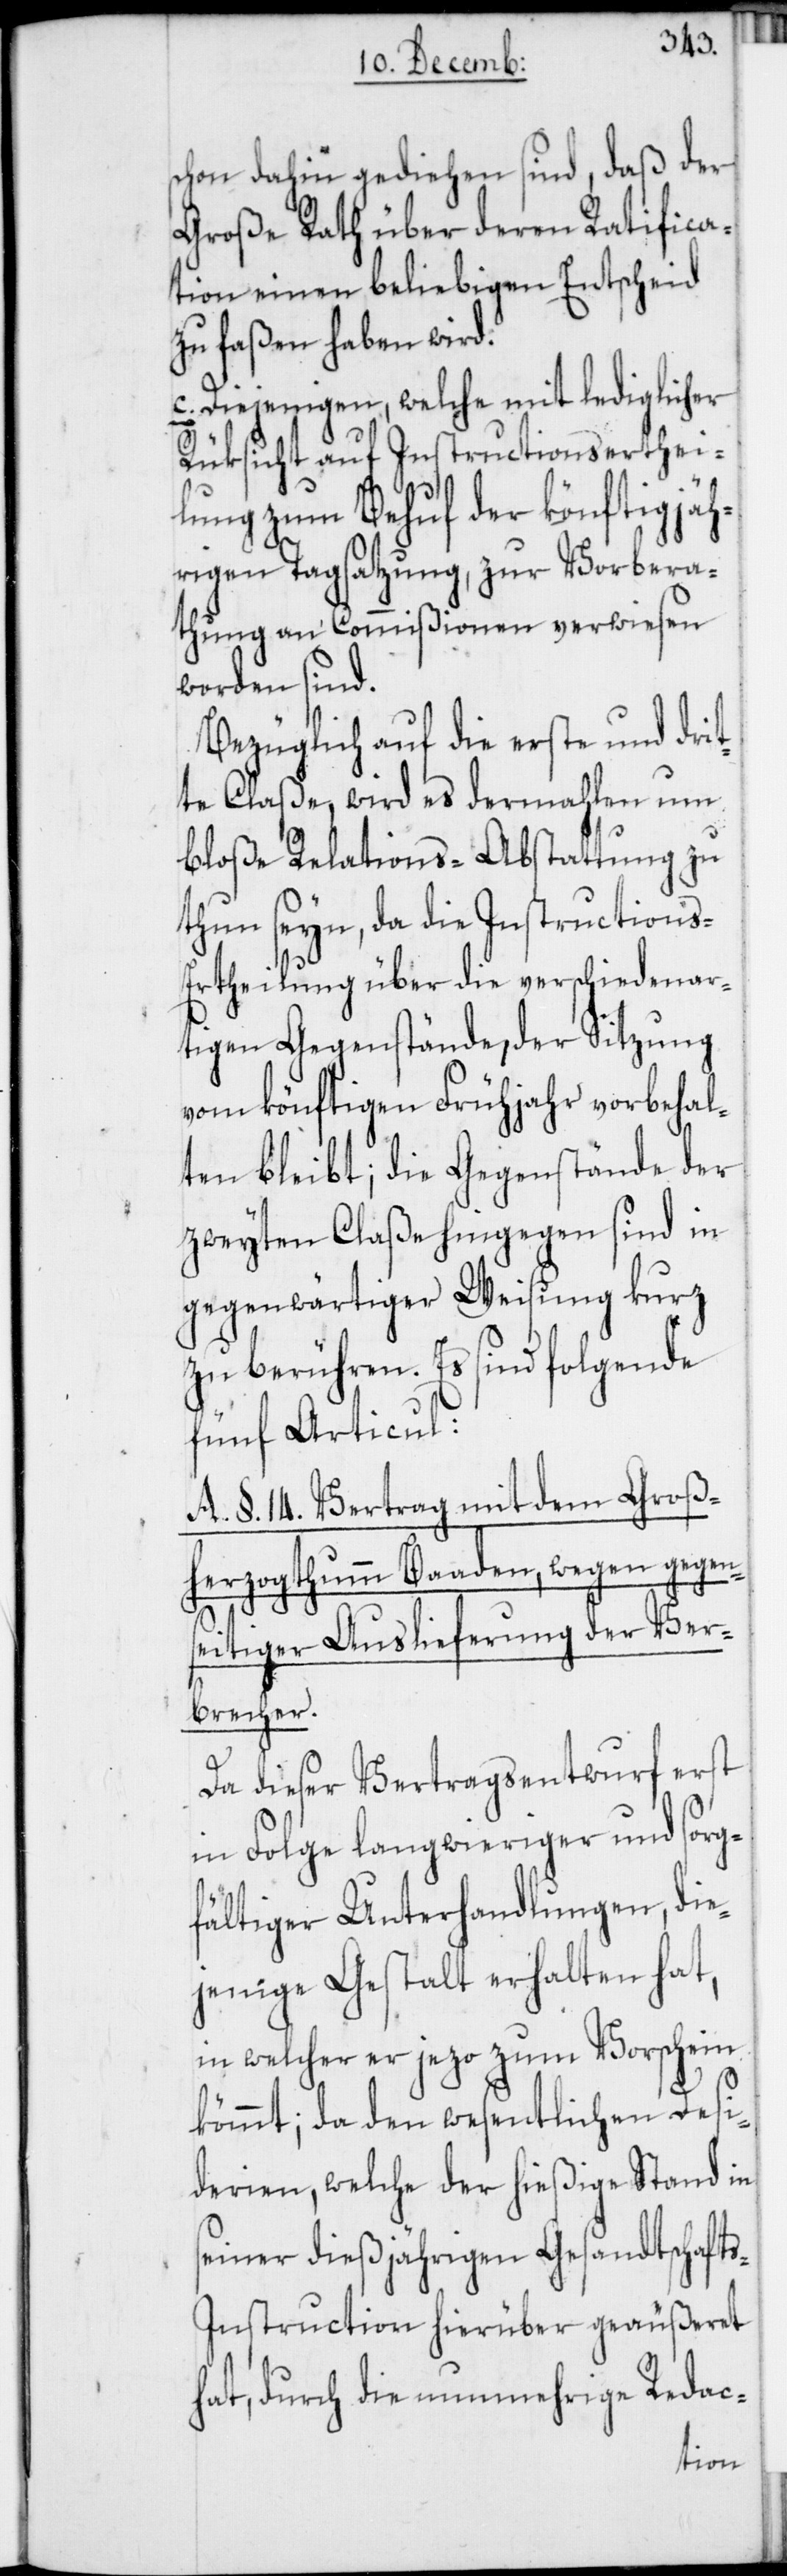
schon dahin gediehen sind, daß der
Große Rath über deren Ratifica¬
tion einen beliebigen Entscheid
zu faßen haben wird.
c. Diejenigen, welche mit lediglicher
Rüksicht auf Instructionserthei¬
lung zum Behuf der könftigjäh¬
rigen Tagsatzung, zur Vorbera¬
thung an Commißionen verwiesen
worden sind.
Bezüglich auf die erste und drit¬
te Claße, wird es dermahlen um
bloße Relations-Abstattung zu
thun seyn, da die Instructions-E¬
rtheilung über die verschiedenar¬
tigen Gegenstände, der Sitzung
vom könftigen Frühjahr vorbehal¬
ten bleibt; die Gegenstände der
zweyten Claße hingegen sind in
gegenwärtiger Weisung kurz
zu berühren. Es sind folgende
fünf Articul:
A. §. 14. Vertrag mit dem Groß¬
herzogthumm Baaden, wegen gegen¬
seitiger Auslieferung der Ver¬
brecher.
Da dieser Vertragsentwurf erst
in Folge langwieriger und sorg¬
fältiger Unterhandlungen, die¬
jenige Gestalt erhalten hat,
in welcher er jezo zum Vorschein
kömmt; da den wesentlichen Desi¬
derien, welche der hießige Stand in
seiner dießjährigen Gesandtschaft¬
s-Instruction hierüber geäußeret
hat, durch die nunmehrige Redac-